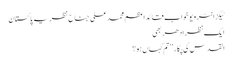
ٹیگزانٹرویو خواب قائداعظم محمد علی جناح نظریہ پاکستان
ایک نظر اِدھر بھی
القدس کی پکار ’’تم کہاں ہو؟